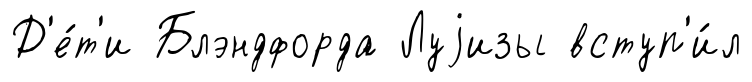
Д'е́т'и Блэндфорда Луjизы вступ'и́л